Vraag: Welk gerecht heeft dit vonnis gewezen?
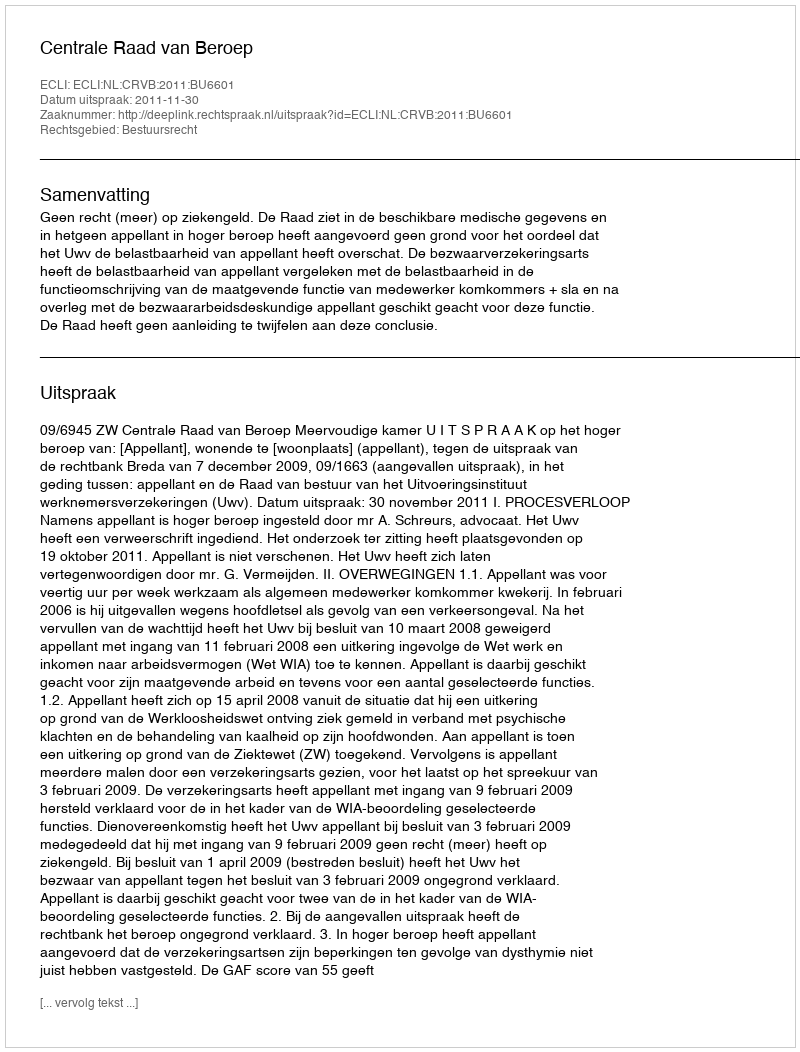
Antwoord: Centrale Raad van Beroep